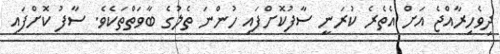
ދިވެހިރާއްޖެ އަށް އެތެރެ ކުރަނީ ސާފުކޮށްފައި ހުންނަ ތެލުގެ ބާވަތްތަކެވެ. ސާފު ކޮށްފައި